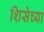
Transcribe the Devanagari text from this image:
शिसेच्या